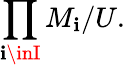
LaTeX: \prod_{\mathbf{i}\inI}M_{\mathbf{i}}/U.